Annual report of the Madras Medical College
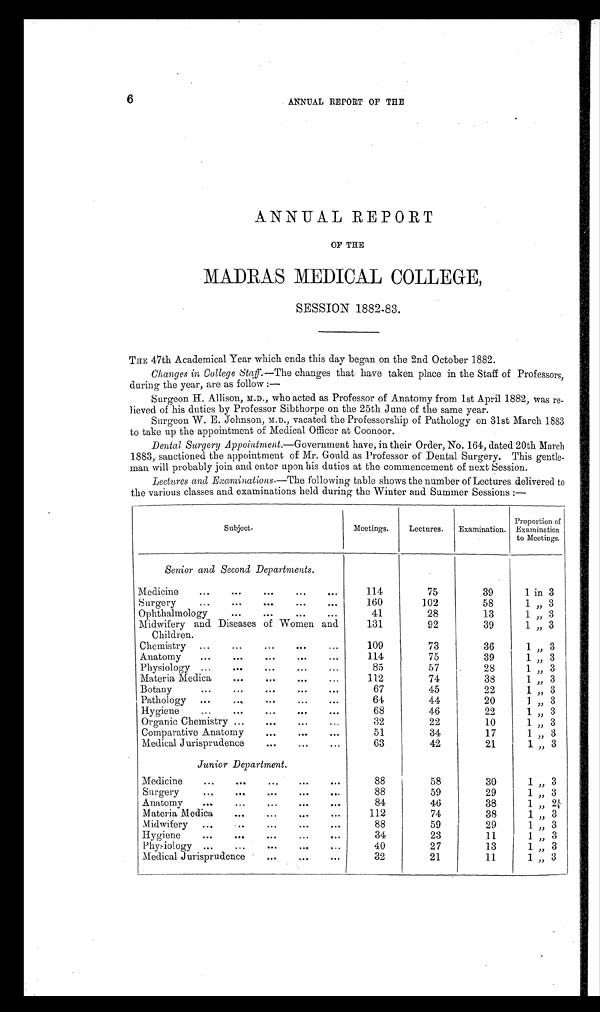
6
ANNUAL REPORT OF THE
ANNUAL REPORT
OF THE
MADRAS MEDICAL COLLEGE,
SESSION 1882-83.
THE 47th Academical Year which ends this day began on the 2nd October 1882.
Changes in College Staff. —The changes that have taken place in the Staff of Professors,
during the year, are as follow:—
Surgeon H. Allison, M.D., who acted as Professor of Anatomy from 1st April 1882, was re
lieved of his duties by Professor Sibthorpe on the 25th June of the same year.
Surgeon W. E. Johnson, M.D., vacated the Professorship of Pathology on 31st March 1883
to take up the appointment of Medical Officer at Coonoor.
Dental Surgery Appointment. —Government have, in their Order, No. 164, dated 20th March
1883, sanctioned the appointment of Mr. Gould as Professor of Dental Surgery. This gentle
man will probably join and enter upon his duties at the commencement of next Session.
Lectures and Examinations. —The following table shows the number of Lectures delivered to
the various classes and examinations held during the Winter and Summer Sessions:—
Subject.
Meetings.
Lectures.
Examination.
Proportion of
Examination
to Meetings.
Senior and Second Departments.
Medicine
114
75
39
1 in 3
Surgery
160
102
58
1 ,, 3
Ophthalmology
41
28
13
1 ,, 3
Midwifery and Diseases of Women and
Children.
131
92
39
1 ,, 3
Chemistry
109
73
36
1 ,, 3
Anatomy
114
75
39
1 ,, 3
Physiology
85
57
28
1 ,, 3
Materia Medica
112
74
38
1 ,, 3
Botany
67
45
22
1 ,, 3
Pathology
64
44
20
1 ,, 3
Hygiene
68
46
22
1 ,, 3
Organic Chemistry
32
22
10
1 ,, 3
Comparative Anatomy
51
34
17
1 ,, 3
Medical Jurisprudence
63
42
21
1 ,, 3
Junior Department.
Medicine
88
58
30
1 ,, 3
Surgery
88
59
29
1 ,, 3
Anatomy
84
46
38
1 ,, 2¼
Materia Medica
112
74
38
1 ,, 3
Midwifery
88
59
29
1 ,, 3
Hygiene
34
23
11
1 ,, 3
Physiology
40
27
13
1 ,, 3
Medical Jurisprudence
32
21
11
1 ,, 3